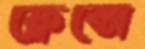
ফ্লেক্সে